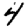
Digit: 4